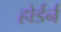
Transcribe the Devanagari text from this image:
होर्डर्न